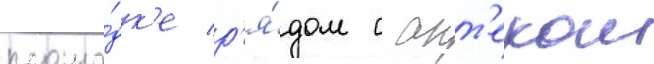
площа́дк'е р'я́дом с апт'екои